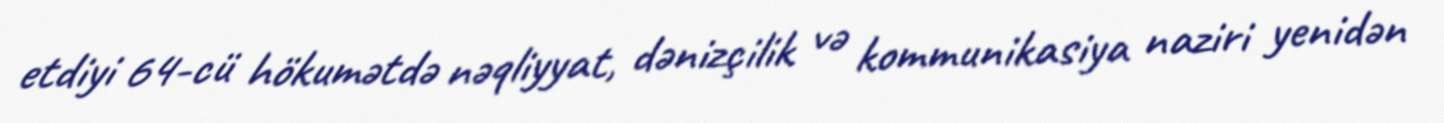
etdiyi 64-cü hökumətdə nəqliyyat, dənizçilik və kommunikasiya naziri yenidən